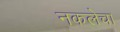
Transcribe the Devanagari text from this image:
नकलेचा